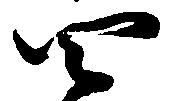
四